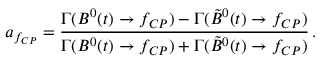
a _ { f _ { C P } } = \frac { \Gamma ( B ^ { 0 } ( t ) \rightarrow f _ { C P } ) - \Gamma ( \tilde { B } ^ { 0 } ( t ) \rightarrow f _ { C P } ) } { \Gamma ( B ^ { 0 } ( t ) \rightarrow f _ { C P } ) + \Gamma ( \tilde { B } ^ { 0 } ( t ) \rightarrow f _ { C P } ) } \, .